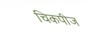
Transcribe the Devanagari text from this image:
चिकपीज